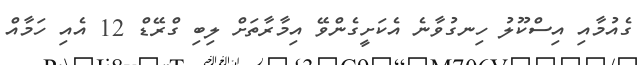
ގެއުމާއި އިސްކޫލު ހިނގުވާނެ އެކަށީގެންވޭ އިމާރާތަށް ލިބި ގްރޭޑް 12 އެއި ހަމާއް